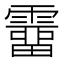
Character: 𩅸